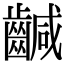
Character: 䶢